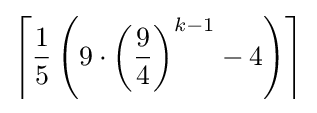
\left\lceil {\frac {1}{5}}\left(9\cdot \left({\frac {9}{4}}\right)^{k-1}-4\right)\right\rceil